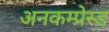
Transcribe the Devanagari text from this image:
अनकम्प्रेस्ड